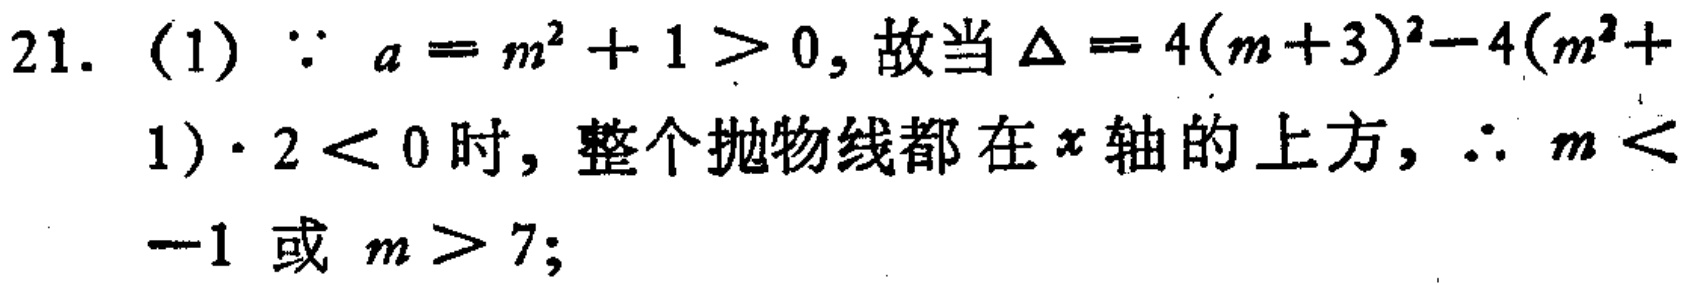
21. (1) $\because a = m^{2}+1>0$, 故当 $\Delta = 4(m + 3)^{2}-4(m^{2}+1)\cdot2<0$ 时, 整个抛物线都在 $x$ 轴的上方, $\therefore m < -1$ 或 $m>7$;